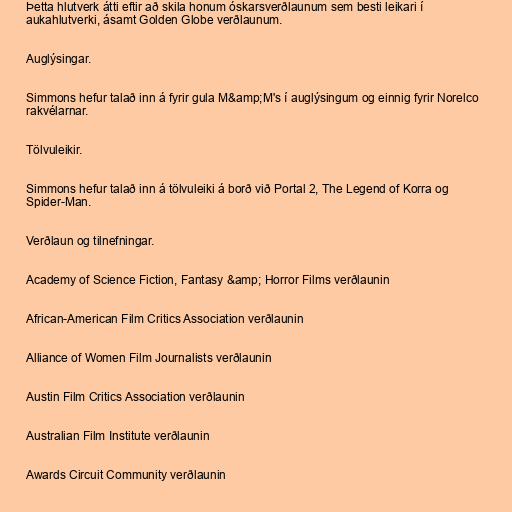
Þetta hlutverk átti eftir að skila honum óskarsverðlaunum sem besti leikari í
aukahlutverki, ásamt Golden Globe verðlaunum.

Auglýsingar.

Simmons hefur talað inn á fyrir gula M&amp;M's í auglýsingum og einnig fyrir Norelco
rakvélarnar.

Tölvuleikir.

Simmons hefur talað inn á tölvuleiki á borð við Portal 2, The Legend of Korra og
Spider-Man.

Verðlaun og tilnefningar.

Academy of Science Fiction, Fantasy &amp; Horror Films verðlaunin

African-American Film Critics Association verðlaunin

Alliance of Women Film Journalists verðlaunin

Austin Film Critics Association verðlaunin

Australian Film Institute verðlaunin

Awards Circuit Community verðlaunin